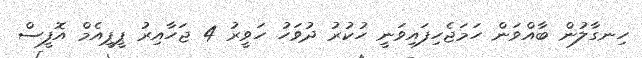
ހިނގާލުން ބާއްވަން ހަމަޖެހިފައިވަނީ ހުކުރު ދުވަހު ހަވީރު 4 ޖަހާއިރު ޕީޕީއެމް އޮފީސް